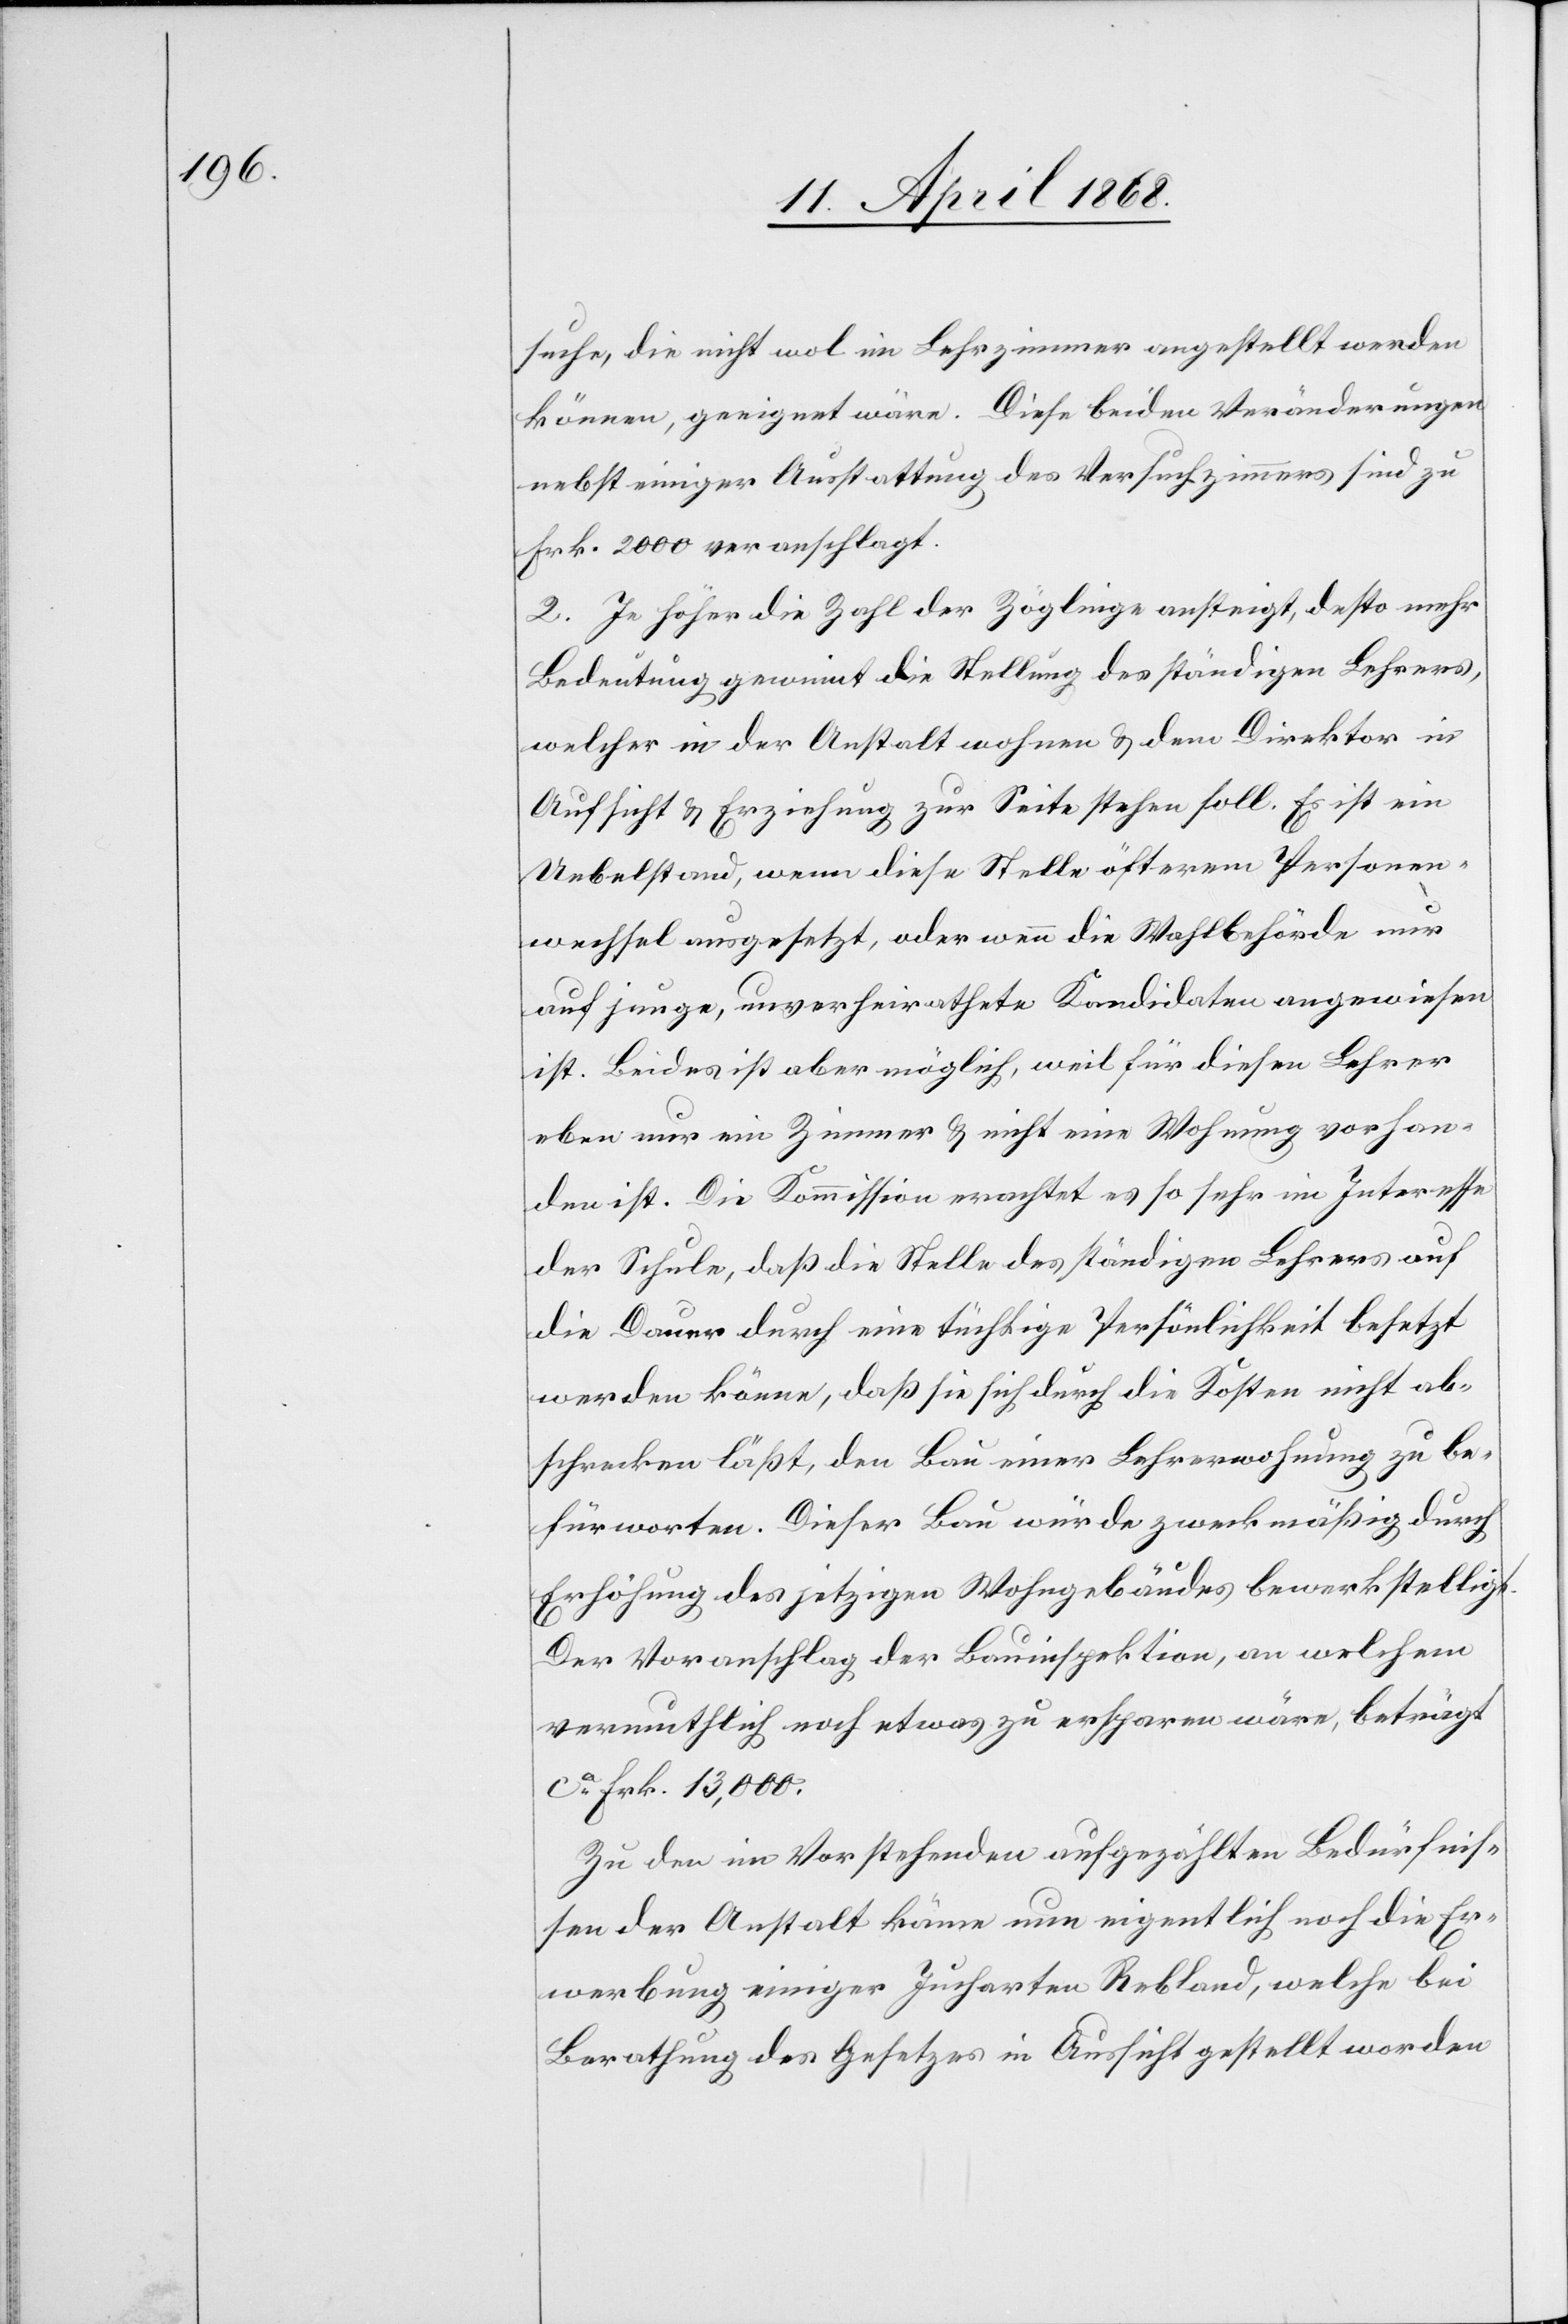
suche, die nicht wol im Lehrzimmer angestellt werden
können, geeignet wäre. Diese beiden Veränderungen
nebst einiger Ausstattung des Versuchzimmers sind zu
Frk. 2000 veranschlagt.
2. Je höher die Zahl der Zöglinge ansteigt, desto mehr
Bedeutung gewinnt die Stellung des ständigen Lehrers,
welcher in der Anstalt wohnen & dem Direktor in
Aufsicht & Erziehung zur Seite stehen soll. Es ist ein
Uebelstand, wenn diese Stelle öfterem Personen¬
wechsel ausgesetzt, oder wenn die Wahlbehörde nur
auf junge, unverheirathete Kandidaten angewiesen
ist. Beides ist aber möglich, weil für diesen Lehrer
eben nur ein Zimmer & nicht eine Wohnung vorhan¬
den ist. Die Kommission erachtet es so sehr im Interesse
der Schule, daß die Stelle des ständigen Lehrers auf
die Dauer durch eine tüchtige Persönlichkeit besetzt
werden könne, daß sie sich durch die Kosten nicht ab¬
schrecken läßt, den Bau einer Lehrerwohnung zu be¬
fürworten. Dieser Bau würde zweckmäßig durch
Erhöhung des jetzigen Wohngebäudes bewerkstelligt.
Der Voranschlag der Bauinspektion, an welchem
vermuthlich noch etwas zu ersparen wäre, beträgt
ca. Frk. 13,000.
Zu den im Vorstehenden aufgezählten Bedürfnis¬
sen der Anstalt käme nun eigentlich noch die Er¬
werbung einiger Jucharten Rebland, welche bei
Berathung des Gesetzes in Aussicht gestellt worden